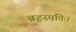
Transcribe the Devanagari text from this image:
ब्रृहस्पतिः।